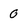
Character: 0